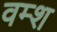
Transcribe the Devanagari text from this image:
वम्श